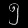
Digit: ၅